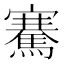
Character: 騫